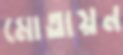
মোতায়ন